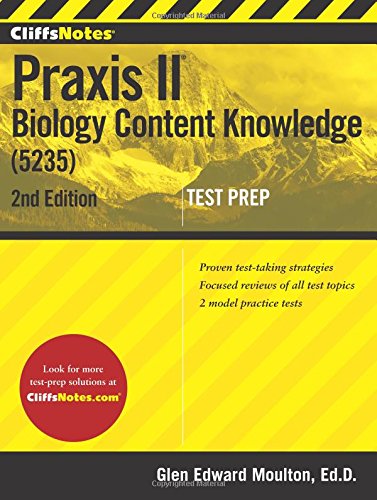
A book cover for CliffsNotes Praxis II Biology Content Knowledge (5235), 2nd Edition; Glen Moulton; Test Preparation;